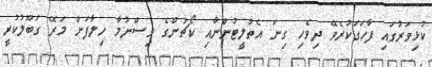
ކުޅިވަރުގައި ފާހަގަކުރެވޭ ދިވެހި ގިނަ އެތުލީޓުންނާއި ކޯޗުންގެ ވިސްނުމާ ހިލާފަށް މަރޭ ގަބޫލުކުރީ